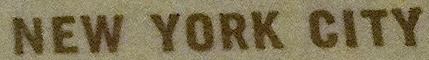
NEW YORK CITY